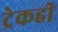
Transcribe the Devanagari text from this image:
ट्रेकही